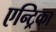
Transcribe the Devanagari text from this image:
एन्ट्रिका